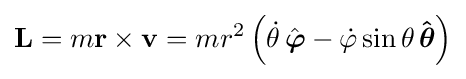
\mathbf {L} =m\mathbf {r} \times \mathbf {v} =mr^{2}\left({\dot {\theta }}\,{\hat {\boldsymbol {\varphi }}}-{\dot {\varphi }}\sin \theta \,\mathbf {\hat {\boldsymbol {\theta }}} \right)